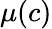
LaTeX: \mu(c)